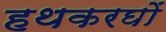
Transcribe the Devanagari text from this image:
हथकरघों